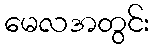
မေလအတွင်း